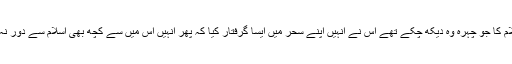
لیکن اسلام کا جو چہرہ وہ دیکھ چکے تھے اس نے انہیں اپنے سحر میں ایسا گرفتار کیا کہ پھر انہیں اس میں سے کچھ بھی اسلام سے دور نہ کر پایا۔